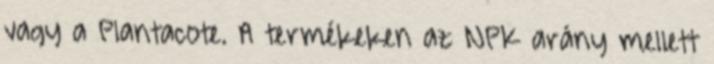
vagy a Plantacote. A termékeken az NPK arány mellett